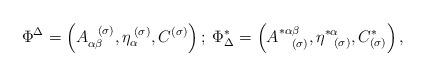
LaTeX: \begin{align*}\Phi ^{\Delta }=\left( A_{\alpha \beta }^{\;\;\;(\sigma )},\eta _{\alpha}^{\;(\sigma )},C^{(\sigma )}\right) ;\;\Phi _{\Delta }^{*}=\left(A_{\;\;\;\;(\sigma )}^{*\alpha \beta },\eta _{\;\;\;(\sigma )}^{*\alpha},C_{(\sigma )}^{*}\right) , \end{align*}